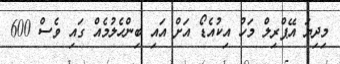
މިދިޔަ އޭޕްރިލް މަހު އިކުއެޑޯ އަށް އައި ބިންހެލުމެއް ގައި ވެސް 600